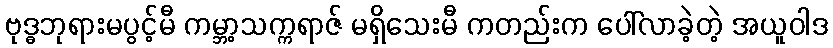
ဗုဒ္ဓဘုရားမပွင့်မီ ကမ္ဘာ့သက္ကရာဇ် မရှိသေးမီ ကတည်းက ပေါ်လာခဲ့တဲ့ အယူဝါဒ